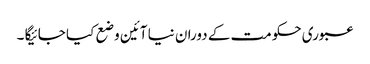
عبوری حکومت کے دوران نیا آئین وضع کیا جائیگا ۔